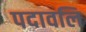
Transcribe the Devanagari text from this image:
पदावलि